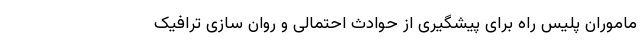
ماموران پلیس راه برای پیشگیری از حوادث احتمالی و روان سازی ترافیک